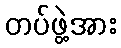
တပ်ဖွဲ့အား